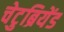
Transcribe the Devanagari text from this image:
चेटुब्रियेंड